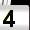
Digit: 4